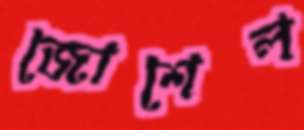
জোশেল